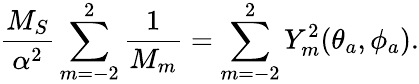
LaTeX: \frac{M_{S}}{\alpha^{2}}\sum_{m=-2}^{2}\frac{1}{M_{m}}=\sum_{m=-2}^{2}Y_{m}^{2}(\theta_{a},\phi_{a}).